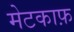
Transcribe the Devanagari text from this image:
मेटकाफ़